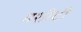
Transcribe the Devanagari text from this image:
मशीदी